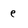
Character: e